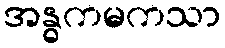
အန္ဓကမကသာ